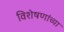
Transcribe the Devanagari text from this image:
विशेषणांच्या